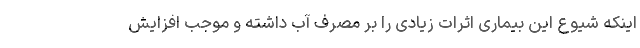
اینکه شیوع این بیماری اثرات زیادی را بر مصرف آب داشته و موجب افزایش